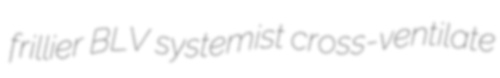
frillier BLV systemist cross-ventilate